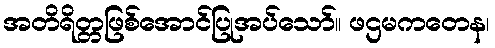
အတိရိတ္တဖြစ်အောင်ပြုအပ်သော်။ ဖဌမကတေန၊